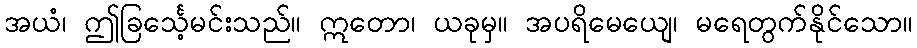
အယံ၊ ဤခြင်္သေ့မင်းသည်။ ဣတော၊ ယခုမှ။ အပရိမေယျေ၊ မရေတွက်နိုင်သော။